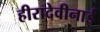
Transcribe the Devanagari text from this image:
हीरादेवीनाई